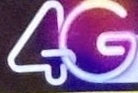
4G